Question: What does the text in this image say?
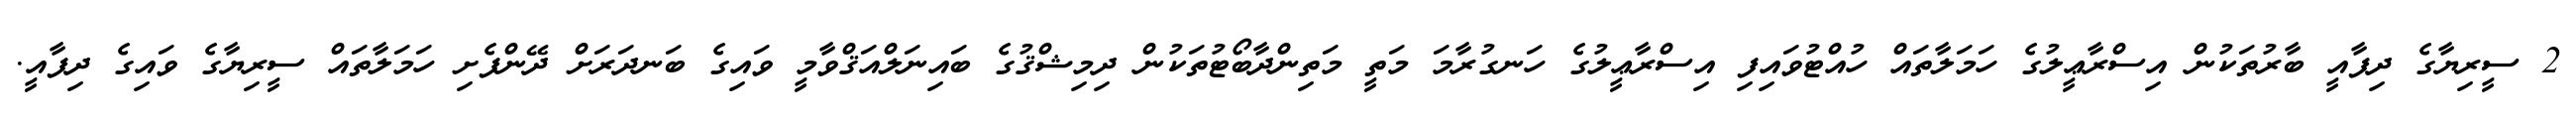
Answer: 2 ސީރިޔާގެ ދިފާއީ ބާރުތަކުން އިސްރާޢީލުގެ ހަމަލާތައް ހުއްޓުވައިފި އިސްރާޢީލުގެ ހަނގުރާމަ މަތީ މަތިންދާބޯޓުތަކުން ދިމިޝްޤުގެ ބައިނަލްއަޤްވާމީ ވައިގެ ބަނދަރަށް ދޭންފެށި ހަމަލާތައް ސީރިޔާގެ ވައިގެ ދިފާއީ.